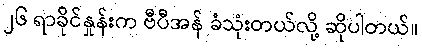
၂၆ ရာခိုင်နှုန်းက ဗီပီအန် ခံသုံးတယ်လို့ ဆိုပါတယ်။